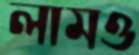
লামও